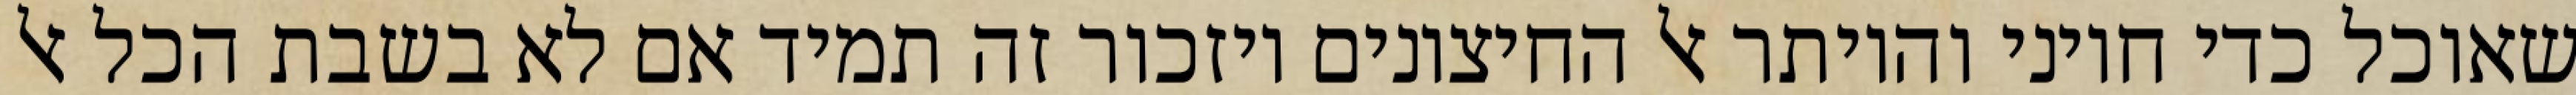
שאוכל כדי חיוני והיותר אל החיצונים ויזכור זה תמיד אם לא בשבת הכל אל